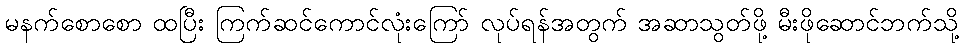
မနက်စောစော ထပြီး ကြက်ဆင်ကောင်လုံးကြော် လုပ်ရန်အတွက် အဆာသွတ်ဖို့ မီးဖိုဆောင်ဘက်သို့